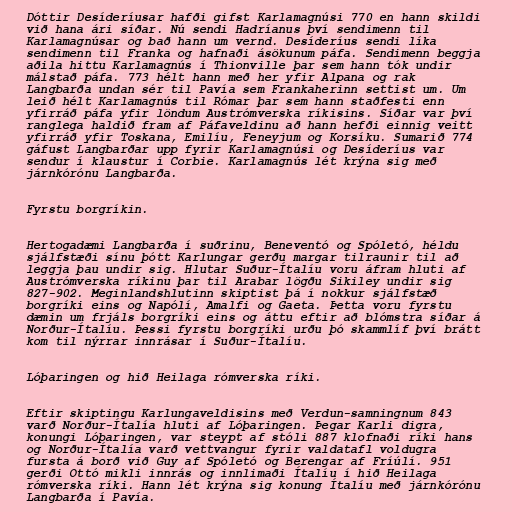
Dóttir Desíderíusar hafði gifst Karlamagnúsi 770 en hann skildi
við hana ári síðar. Nú sendi Hadríanus því sendimenn til
Karlamagnúsar og bað hann um vernd. Desíderíus sendi líka
sendimenn til Franka og hafnaði ásökunum páfa. Sendimenn beggja
aðila hittu Karlamagnús í Thionville þar sem hann tók undir
málstað páfa. 773 hélt hann með her yfir Alpana og rak
Langbarða undan sér til Pavía sem Frankaherinn settist um. Um
leið hélt Karlamagnús til Rómar þar sem hann staðfesti enn
yfirráð páfa yfir löndum Austrómverska ríkisins. Síðar var því
ranglega haldið fram af Páfaveldinu að hann hefði einnig veitt
yfirráð yfir Toskana, Emilíu, Feneyjum og Korsíku. Sumarið 774
gáfust Langbarðar upp fyrir Karlamagnúsi og Desíderíus var
sendur í klaustur í Corbie. Karlamagnús lét krýna sig með
járnkórónu Langbarða.

Fyrstu borgríkin.

Hertogadæmi Langbarða í suðrinu, Beneventó og Spóletó, héldu
sjálfstæði sínu þótt Karlungar gerðu margar tilraunir til að
leggja þau undir sig. Hlutar Suður-Ítalíu voru áfram hluti af
Austrómverska ríkinu þar til Arabar lögðu Sikiley undir sig
827-902. Meginlandshlutinn skiptist þá í nokkur sjálfstæð
borgríki eins og Napólí, Amalfi og Gaeta. Þetta voru fyrstu
dæmin um frjáls borgríki eins og áttu eftir að blómstra síðar á
Norður-Ítalíu. Þessi fyrstu borgríki urðu þó skammlíf því brátt
kom til nýrrar innrásar í Suður-Ítalíu.

Lóþaringen og hið Heilaga rómverska ríki.

Eftir skiptingu Karlungaveldisins með Verdun-samningnum 843
varð Norður-Ítalía hluti af Lóþaringen. Þegar Karli digra,
konungi Lóþaringen, var steypt af stóli 887 klofnaði ríki hans
og Norður-Ítalía varð vettvangur fyrir valdatafl voldugra
fursta á borð við Guy af Spóletó og Berengar af Fríúlí. 951
gerði Ottó mikli innrás og innlimaði Ítalíu í hið Heilaga
rómverska ríki. Hann lét krýna sig konung Ítalíu með járnkórónu
Langbarða í Pavía.